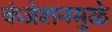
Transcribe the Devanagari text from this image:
कंजेशनमुळे